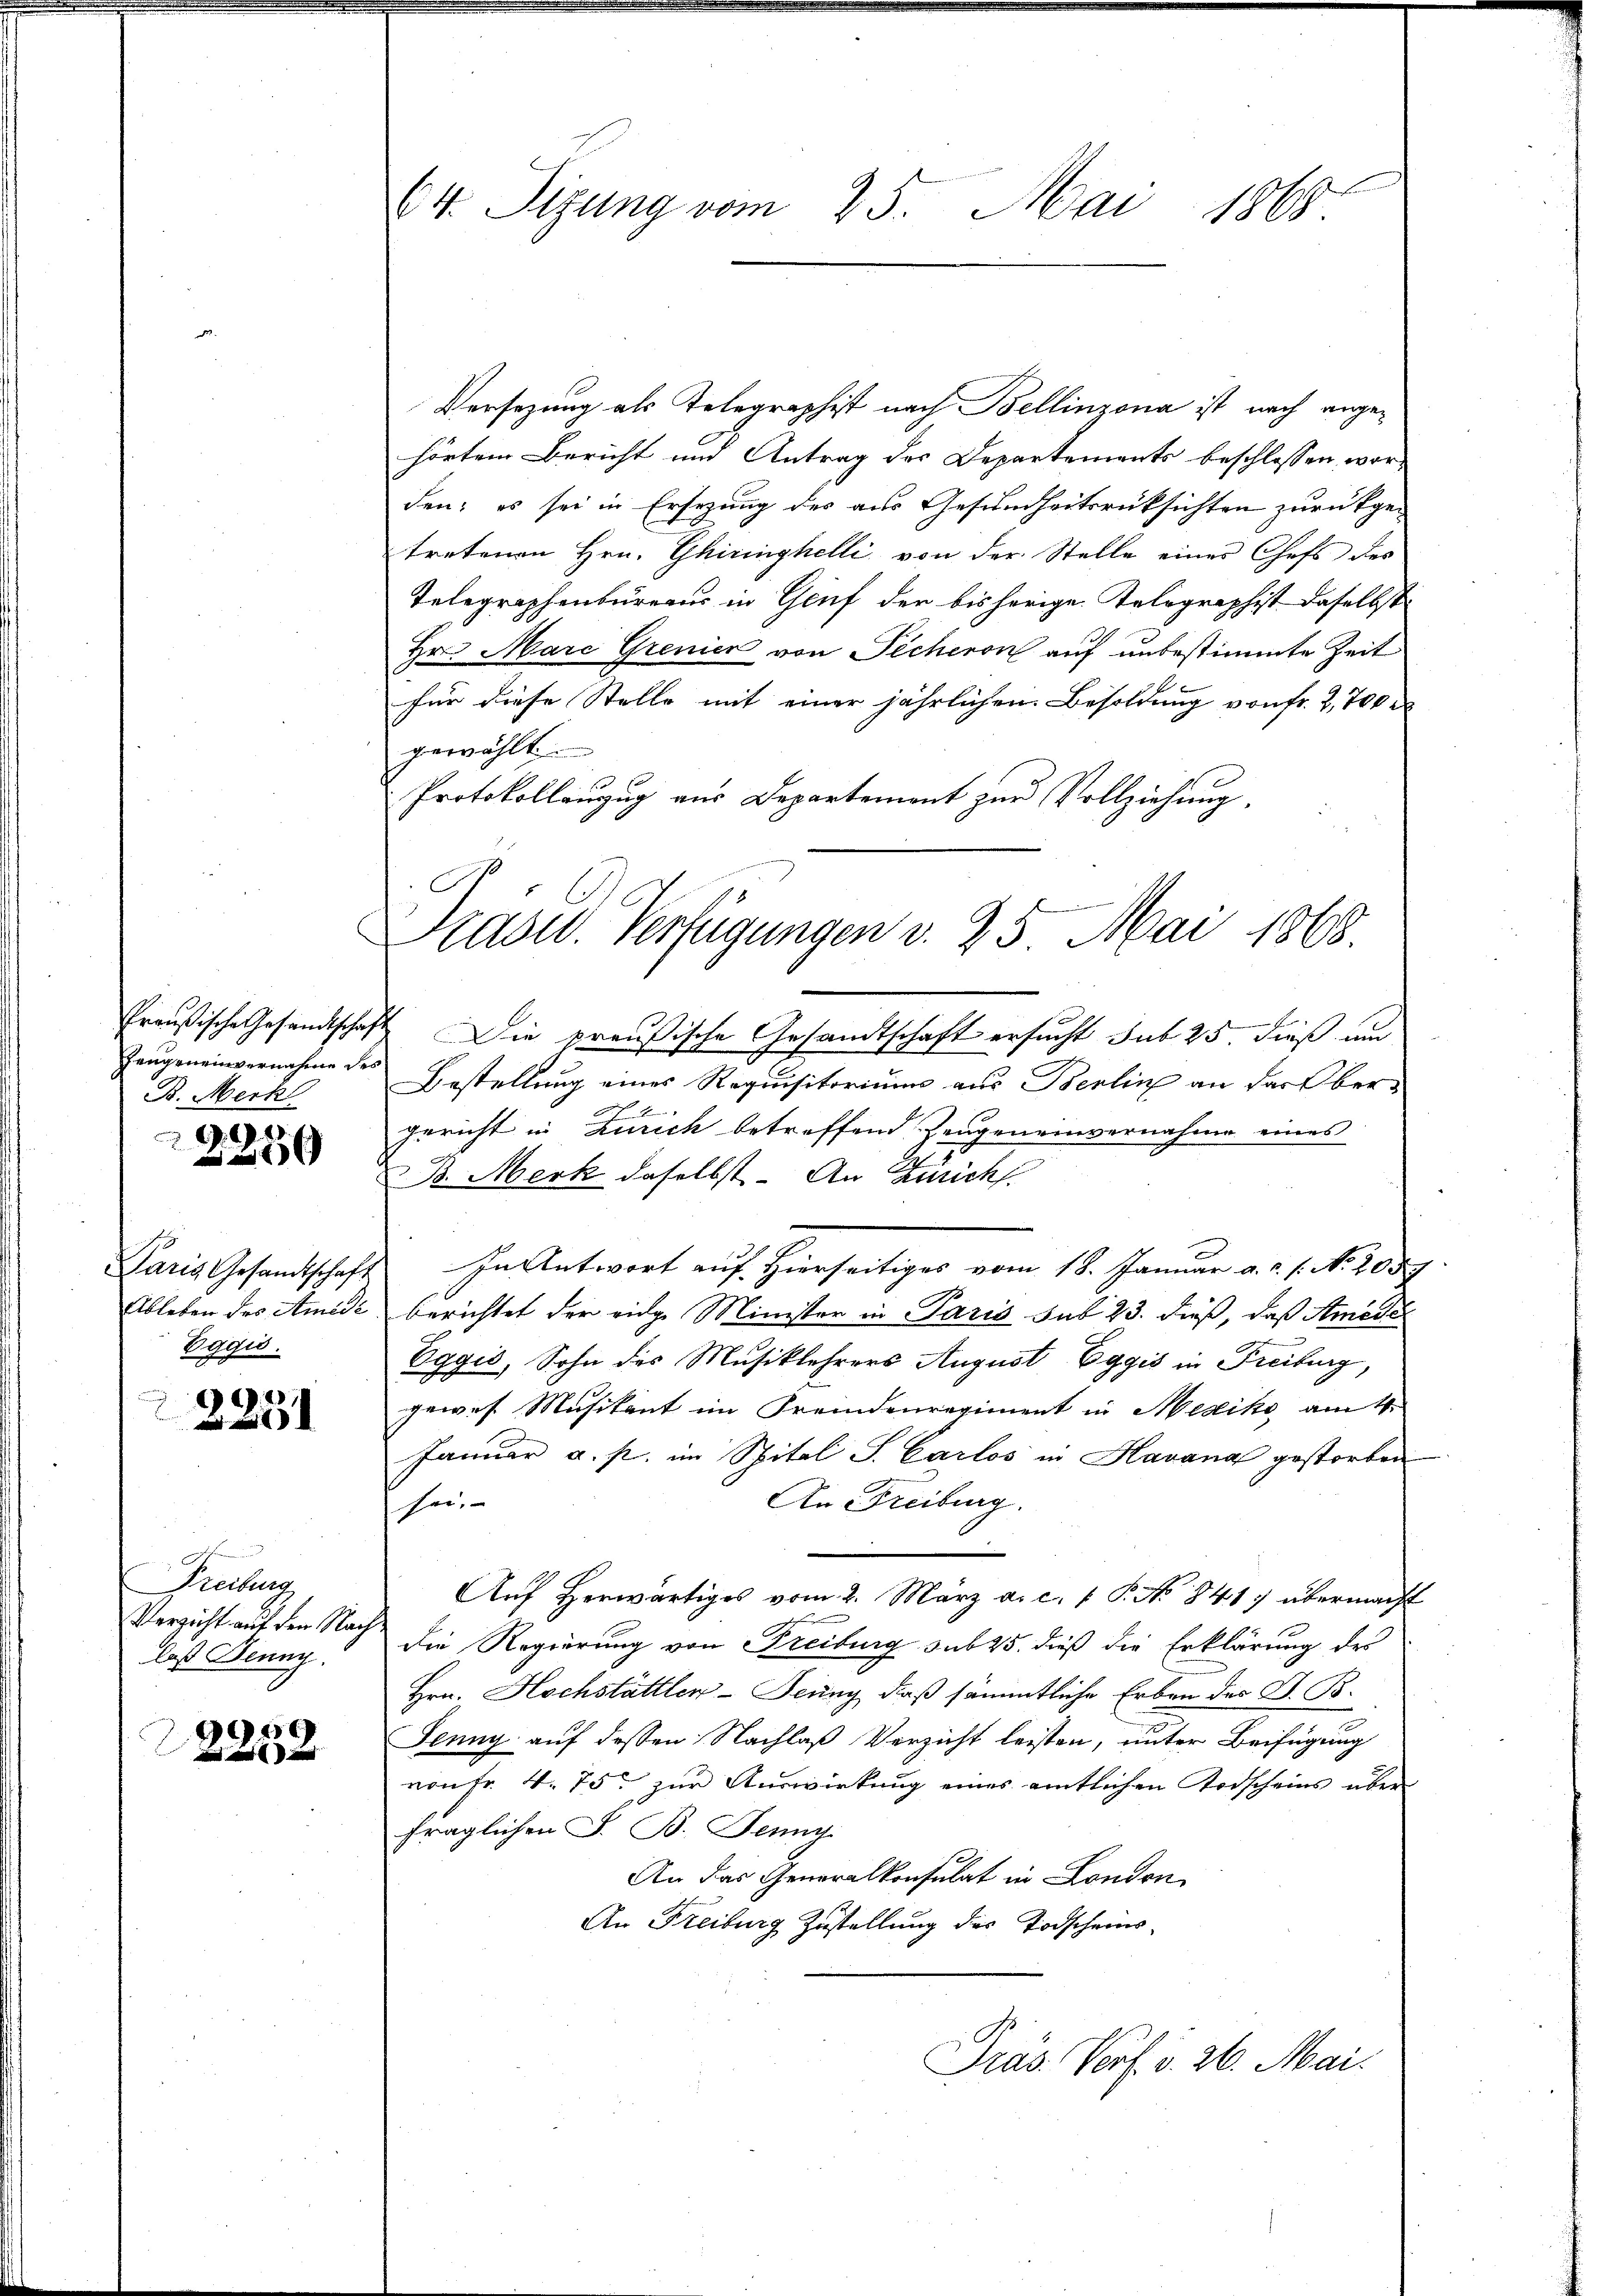
Preußische Gesandtscha
Zeugeneinvernahme der
B. Merkl
2

x

Paris Gesandtschaft
Ableben des Amidi
Eggis.

a
2

Pretung
Verzicht auf den Nach
laß Jenny.

20
u

64. Sitzung vom 25. Mai 1865

Versezung als Telegraphist nach Bellinzona ist nach angehörten Bericht um Antrag des Departements beschlossen, worden; es sei in Ersezung des aus Gesundheitsrücksichten zurückgetretenen Hrn. Ghiringhelli von der Stelle eines Chefs des
Telegraphenbureaus in Genf der bisherige Kolographist daselbst
Hr. Marc Grenien von Pecheron auf unbestimmte Zeit
für diese Stelle mit einer jährlichen Besoldung von fr. 2,700
gewählt.
Protokollanzug aus Departement zur Vollziehung,
1 Die preußische Gesandtschaft ersucht sub 25 dieß um
Bestellung eines Requisitorium aus Berling an das Ober¬
 4
Gericht in Zürich betreffend Zeugeneinvernahme eines
B. Merk daselbst. An Zürich.
In Antwort auf Hierseitiges vom 18. Januar a. c. s. N. 2059
berichtet der eidge Minister in Paris sub 23. dieß, daß Amedes
Eggić, Sohn des Musiklehrers August Eggis in Freiburg,
gewes Musikant im Fremdenregiment in Mexiko am 4.
Januar a. p. im Spital S. Carlos in Havana gestorben
An Freiburg.
sei,
Aŭf herwärtiges vom 2. März a. c. 1 P. No 841) übermacht
die Regierung von Freiburg sub 25. dieß die Erklärung des
Hrn. Hochstättler-Feung, daß sämmtliche Erben des G. B.
Jenny auf dessen Nachlaß Verzicht leisten, unter Beifügung
von Fr. 4. 75. zur Auswirkung eines amtlichen Todscheins über
fraglichen S. B. Jenny
An das Generalkonsulat in London
An Freiburg Zustellung des Todscheins¬
Präs. Porf. v. 26. Mai.

Kadw. Verfügungen v. 25. Mai 1868.